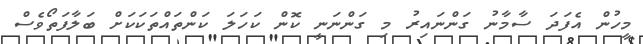
މީހުން އެފަދަ ސާމާނު ގަންނައިރު މި ގަންނަނީ ކޮން ކަަހަލަ ކަންތައްތަަކަކަށް ބަލާފަތޯވެސް